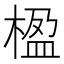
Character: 楹